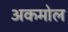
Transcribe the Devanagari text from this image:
अकमोल